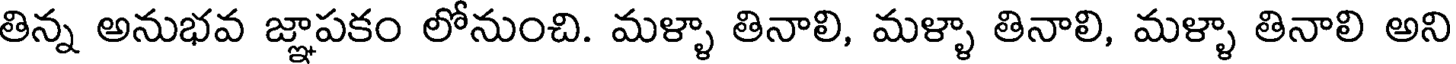
తిన్న అనుభవ జ్ఞాపకం లోనుంచి. మళ్ళా తినాలి, మళ్ళా తినాలి, మళ్ళా తినాలి అని